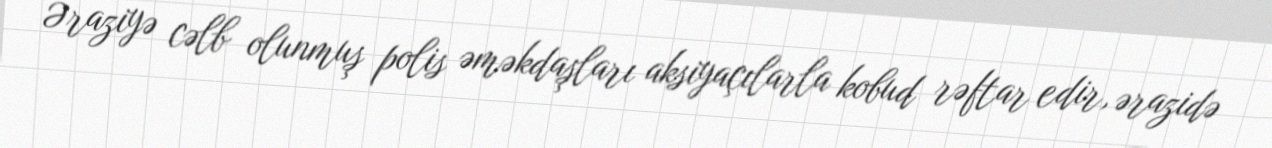
Əraziyə cəlb olunmuş polis əməkdaşları aksiyaçılarla kobud rəftar edir, ərazidə